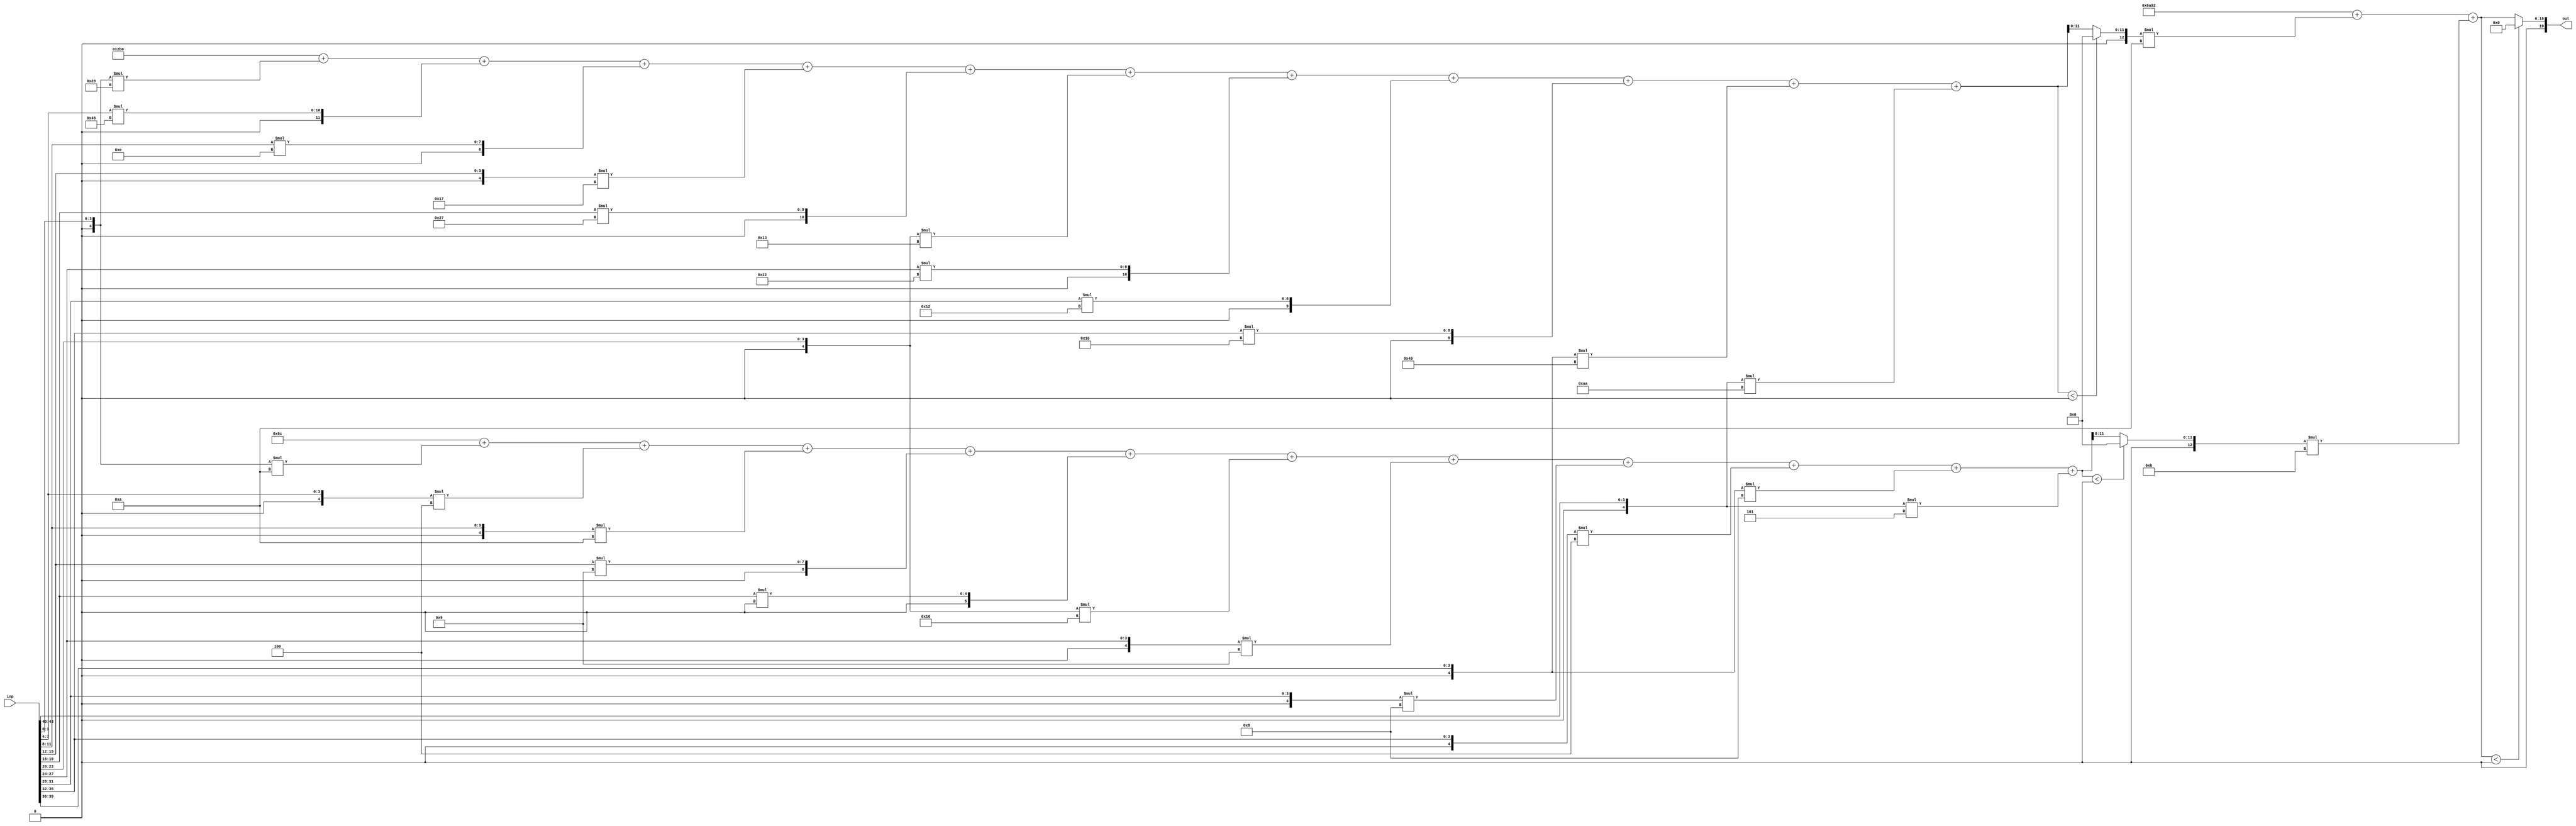
//weights: [[[-23, 70, 14, -9, 39, -13, 34, 18, 16, -55, -86], [-6, -4, -6, 9, 0, -10, -7, -8, -4, -8, -3]], [[-6, -5]]]
//intercepts: [[688, 108], [27282]]
//act size: [4, 12, 19]
//pred num: 1
module top (inp, out);
input [43:0] inp;
output [19:0] out;

// layer: 0 - neuron: 0
    wire signed [11:0] n_0_0_po_0;
    //weight -23: 8'sb11101001
    assign n_0_0_po_0 = $signed({1'b0, inp[3:0]}) * 8'sb11101001;

    wire signed [11:0] n_0_0_po_1;
    //weight 70: 8'sb01000110
    assign n_0_0_po_1 = $signed({1'b0, inp[7:4]}) * 8'sb01000110;

    wire signed [11:0] n_0_0_po_2;
    //weight 14: 8'sb00001110
    assign n_0_0_po_2 = $signed({1'b0, inp[11:8]}) * 8'sb00001110;

    wire signed [11:0] n_0_0_po_3;
    //weight -9: 8'sb11110111
    assign n_0_0_po_3 = $signed({1'b0, inp[15:12]}) * 8'sb11110111;

    wire signed [11:0] n_0_0_po_4;
    //weight 39: 8'sb00100111
    assign n_0_0_po_4 = $signed({1'b0, inp[19:16]}) * 8'sb00100111;

    wire signed [11:0] n_0_0_po_5;
    //weight -13: 8'sb11110011
    assign n_0_0_po_5 = $signed({1'b0, inp[23:20]}) * 8'sb11110011;

    wire signed [11:0] n_0_0_po_6;
    //weight 34: 8'sb00100010
    assign n_0_0_po_6 = $signed({1'b0, inp[27:24]}) * 8'sb00100010;

    wire signed [11:0] n_0_0_po_7;
    //weight 18: 8'sb00010010
    assign n_0_0_po_7 = $signed({1'b0, inp[31:28]}) * 8'sb00010010;

    wire signed [11:0] n_0_0_po_8;
    //weight 16: 8'sb00010000
    assign n_0_0_po_8 = $signed({1'b0, inp[35:32]}) * 8'sb00010000;

    wire signed [11:0] n_0_0_po_9;
    //weight -55: 8'sb11001001
    assign n_0_0_po_9 = $signed({1'b0, inp[39:36]}) * 8'sb11001001;

    wire signed [11:0] n_0_0_po_10;
    //weight -86: 8'sb10101010
    assign n_0_0_po_10 = $signed({1'b0, inp[43:40]}) * 8'sb10101010;

    wire signed [12:0] n_0_0_sum;
    assign n_0_0_sum = 688 + n_0_0_po_0 + n_0_0_po_1 + n_0_0_po_2 + n_0_0_po_3 + n_0_0_po_4 + n_0_0_po_5 + n_0_0_po_6 + n_0_0_po_7 + n_0_0_po_8 + n_0_0_po_9 + n_0_0_po_10;
    //relu
    wire [11:0] n_0_0;
    assign n_0_0 = (n_0_0_sum<0) ? $unsigned({12{1'b0}}) : $unsigned(n_0_0_sum[11:0]);

// layer: 0 - neuron: 1
    wire signed [11:0] n_0_1_po_0;
    //weight -6: 8'sb11111010
    assign n_0_1_po_0 = $signed({1'b0, inp[3:0]}) * 8'sb11111010;

    wire signed [11:0] n_0_1_po_1;
    //weight -4: 8'sb11111100
    assign n_0_1_po_1 = $signed({1'b0, inp[7:4]}) * 8'sb11111100;

    wire signed [11:0] n_0_1_po_2;
    //weight -6: 8'sb11111010
    assign n_0_1_po_2 = $signed({1'b0, inp[11:8]}) * 8'sb11111010;

    wire signed [11:0] n_0_1_po_3;
    //weight 9: 8'sb00001001
    assign n_0_1_po_3 = $signed({1'b0, inp[15:12]}) * 8'sb00001001;

    wire signed [11:0] n_0_1_po_4;
    //weight 0: 8'sb00000000
    assign n_0_1_po_4 = $signed({1'b0, inp[19:16]}) * 8'sb00000000;

    wire signed [11:0] n_0_1_po_5;
    //weight -10: 8'sb11110110
    assign n_0_1_po_5 = $signed({1'b0, inp[23:20]}) * 8'sb11110110;

    wire signed [11:0] n_0_1_po_6;
    //weight -7: 8'sb11111001
    assign n_0_1_po_6 = $signed({1'b0, inp[27:24]}) * 8'sb11111001;

    wire signed [11:0] n_0_1_po_7;
    //weight -8: 8'sb11111000
    assign n_0_1_po_7 = $signed({1'b0, inp[31:28]}) * 8'sb11111000;

    wire signed [11:0] n_0_1_po_8;
    //weight -4: 8'sb11111100
    assign n_0_1_po_8 = $signed({1'b0, inp[35:32]}) * 8'sb11111100;

    wire signed [11:0] n_0_1_po_9;
    //weight -8: 8'sb11111000
    assign n_0_1_po_9 = $signed({1'b0, inp[39:36]}) * 8'sb11111000;

    wire signed [11:0] n_0_1_po_10;
    //weight -3: 8'sb11111101
    assign n_0_1_po_10 = $signed({1'b0, inp[43:40]}) * 8'sb11111101;

    wire signed [12:0] n_0_1_sum;
    assign n_0_1_sum = 108 + n_0_1_po_0 + n_0_1_po_1 + n_0_1_po_2 + n_0_1_po_3 + n_0_1_po_4 + n_0_1_po_5 + n_0_1_po_6 + n_0_1_po_7 + n_0_1_po_8 + n_0_1_po_9 + n_0_1_po_10;
    //relu
    wire [11:0] n_0_1;
    assign n_0_1 = (n_0_1_sum<0) ? $unsigned({12{1'b0}}) : $unsigned(n_0_1_sum[11:0]);

// layer: 1 - neuron: 0
    wire signed [19:0] n_1_0_po_0;
    //weight -6: 8'sb11111010
    assign n_1_0_po_0 = $signed({1'b0, n_0_0}) * 8'sb11111010;

    wire signed [19:0] n_1_0_po_1;
    //weight -5: 8'sb11111011
    assign n_1_0_po_1 = $signed({1'b0, n_0_1}) * 8'sb11111011;

    wire signed [19:0] n_1_0_sum;
    assign n_1_0_sum = 27282 + n_1_0_po_0 + n_1_0_po_1;
    //relu
    wire [18:0] n_1_0;
    assign n_1_0 = (n_1_0_sum<0) ? $unsigned({19{1'b0}}) : $unsigned(n_1_0_sum[18:0]);

    assign out = {n_1_0};

endmodule